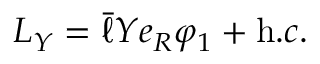
{ \cal L } _ { Y } = \bar { \ell } Y e _ { R } \varphi _ { 1 } + { \mathrm h . c . }